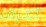
أعرف